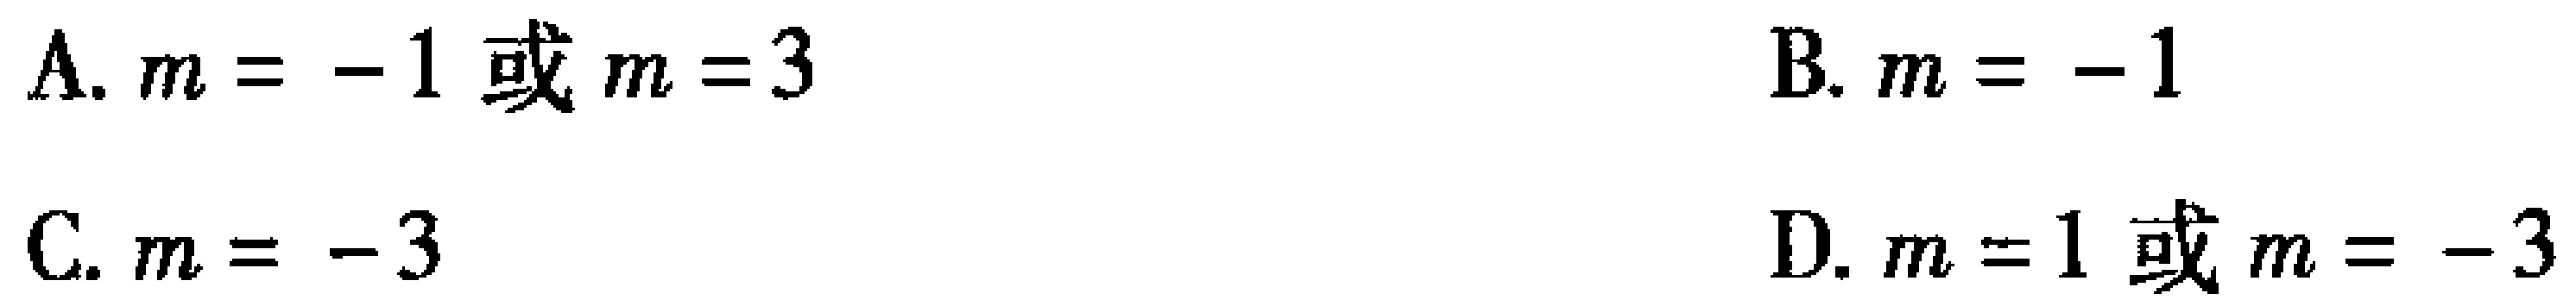
A. \(m = - 1\) 或 \(m = 3\)  B. \(m = - 1\)
C. \(m = - 3\)  D. \(m = 1\) 或 \(m = - 3\)